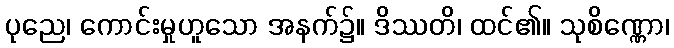
ပုညေ၊ ကောင်းမှုဟူသော အနက်၌။ ဒိဿတိ၊ ထင်၏။ သုစိဏ္ဏော၊